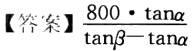
【答案】\(\frac{800\cdot\tan\alpha}{\tan\beta - \tan\alpha}\)